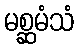
မစ္ဆမံသံ